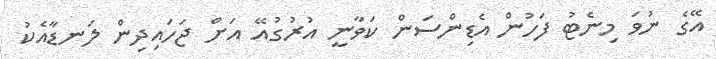
އޭގެ ނުވަ މިނެޓު ފަހުން އެޑިންސަން ކަވާނީ އުރުގުއޭ އަށް ޖަހައިދިން ލަނޑާއެކު